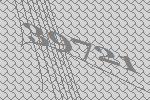
39721